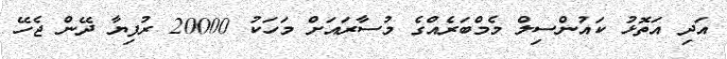
އަދި އަތޮޅު ކައުންސިލް މެމްބަރެއްގެ މުސާރައަށް މަހަކު 20000 ރުފިޔާ ދޭން ޖެހޭ